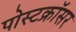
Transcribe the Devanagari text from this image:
पोस्टक्रॉसर